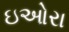
ઇઓરા